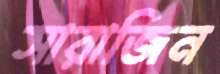
সারাজিন